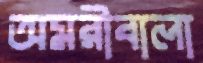
অমরীবালা